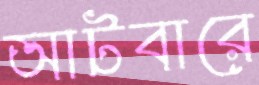
আটবারে